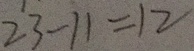
2 3 - 1 1 = 1 2